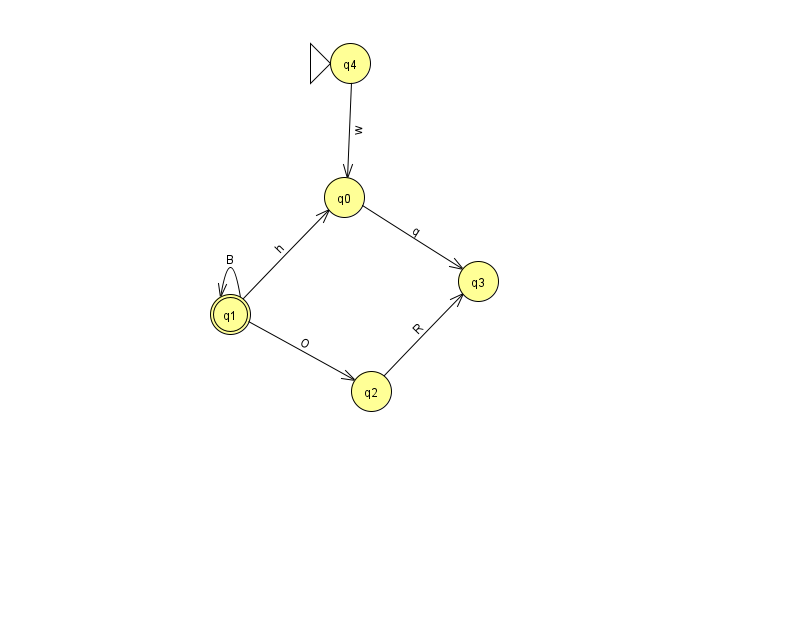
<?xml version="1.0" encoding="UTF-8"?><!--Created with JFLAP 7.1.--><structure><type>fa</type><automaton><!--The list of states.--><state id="0" name="q0"><x>344.0</x><y>184.0</y></state><state id="1" name="q1"><x>230.0</x><y>301.0</y><final/></state><state id="2" name="q2"><x>371.0</x><y>378.0</y></state><state id="3" name="q3"><x>478.0</x><y>268.0</y></state><state id="4" name="q4"><x>350.0</x><y>50.0</y><initial/></state><!--The list of transitions.--><transition><from>1</from><to>0</to><read>h</read></transition><transition><from>1</from><to>2</to><read>O</read></transition><transition><from>2</from><to>3</to><read>R</read></transition><transition><from>1</from><to>1</to><read>B</read></transition><transition><from>0</from><to>3</to><read>q</read></transition><transition><from>4</from><to>0</to><read>w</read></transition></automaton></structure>